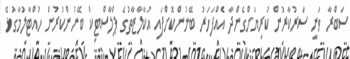
ސަބްރާ ވަނީ ސަރުކާރުން ކުރިޔަށްގެންދާ އެއްފަހަރު ބޭނުންކޮށްފައި އުކާލާޒާތުގެ ޕްލާސްޓިކް ބޭނުންކުރުން ހުއްޓާލުމާގުޅޭ